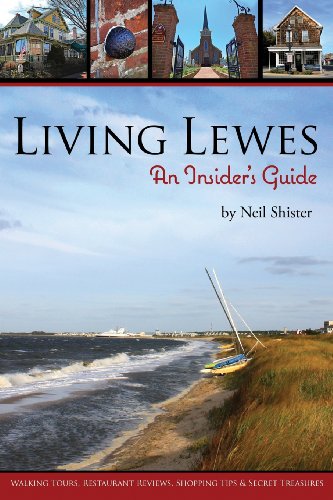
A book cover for Living Lewes: An Insider's Guide; Neil Shister; Travel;